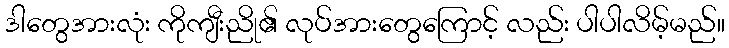
ဒါတွေအားလုံး ကိုကျီးညို၏ လုပ်အားတွေကြောင့် လည်း ပါပါလိမ့်မည်။